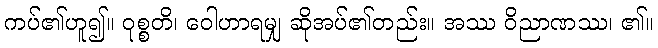
ကပ်၏ဟူ၍။ ဝုစ္စတိ၊ ဝေါဟာရမျှ ဆိုအပ်၏တည်း။ အဿ ဝိညာဏဿ၊ ၏။